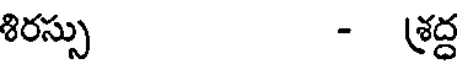
శిరస్సు - శ్రద్ద